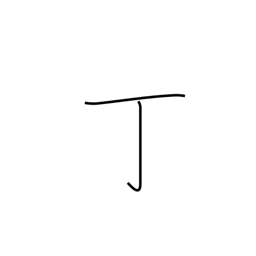
Meaning: counter for guns, tools, leaves or cakes of something